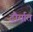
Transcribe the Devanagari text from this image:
दौर्यात